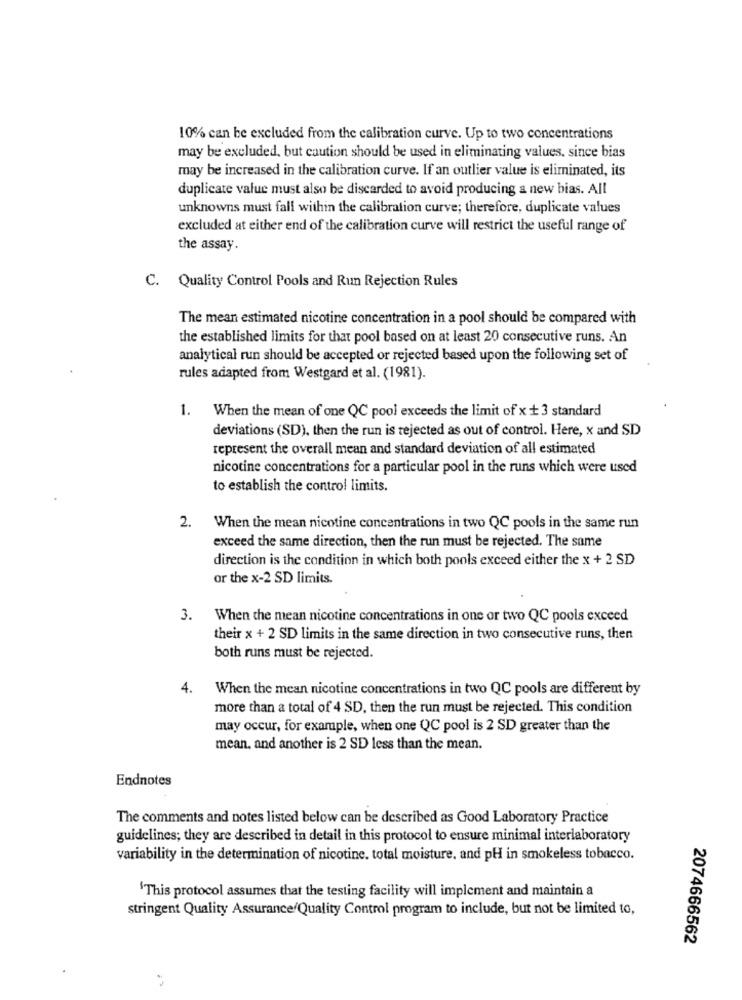
10% can be excluded from the calibration curve. Up to two concentrations
may be excluded, but caution should be used in eliminating values, since bias
may be increased in the calibration curve. If an outlier value is eliminated, its
duplicate value must also be discarded to avoid producing a new bias. All
unknowns must fall within the calibration curve; therefore, duplicate values
excluded at either end of the calibration curve will restrict the useful range of
the assay
C. Quality Control Pools and Run Rejection Rules
The mean estimated nicotine concentration in a pool should be compared with
the established limits for that pool based on at least 20 consecutive runs. An
analytical run should be accepted or rejected based upon the following set of
rules adapted from Westgard et al. (1981).
1. When the mean of one QC pool exceeds the limit of x + 3 standard
deviations (SD), then the run is rejected as out of control. Here, x and SD
represent the overall mean and standard deviation of all estimated
nicotine concentrations for a particular pool in the runs which were used
to establish the control limits.
2.
When the mean nicotine concentrations in two QC pools in the same run
exceed the same direction, then the run must be rejected. The same
direction is the condition in which both pools exceed either the x + 2 SD
or the x-2 SD limits.
3.
When the mean nicotine concentrations in one or two QC pools exceed
their x + 2 SD limits in the same direction in two consecutive runs, then
both runs must be rejected.
4.
When the mean nicotine concentrations in two QC pools are different by
more than a total of 4 SD, then the run must be rejected. This condition
may occur, for example, when one QC pool is 2 SD greater than the
mean, and another is 2 SD less than the mean.
Endnotes
The comments and notes listed below can be described as Good Laboratory Practice
guidelines; they are described in detail in this protocol to ensure minimal interlaboratory
variability in the determination of nicotine. total moisture, and pH in smokeless tobacco.
'This protocol assumes that the testing facility will implement and maintain a
stringent Quality Assurance/Quality Control program to include, but not be limited to,
2074666562